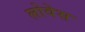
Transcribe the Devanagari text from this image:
लोवेस